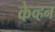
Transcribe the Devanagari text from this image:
केव्हन